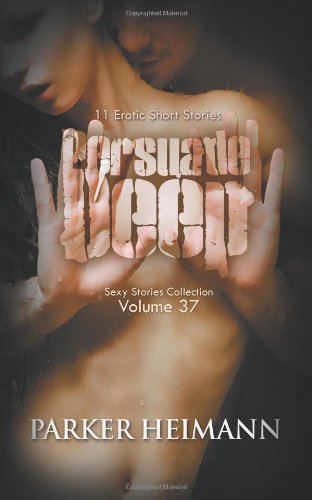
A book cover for Persuade Deep: 11 Erotic Short Stories (Sexy Stories Collection) (Volume 37); Parker Heimann; Romance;